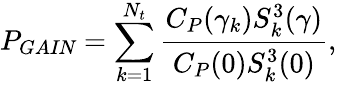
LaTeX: P_{\textit{GAIN}}=\sum_{k=1}^{N_{t}}\frac{C_{P}(\gamma_{k})S_{k}^{3}(\mathbf{\gamma})}{C_{P}(0)S_{k}^{3}({0})},